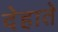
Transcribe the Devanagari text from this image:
देहाते